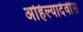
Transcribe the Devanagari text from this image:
अहिल्यादेवींस